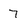
Character: 7